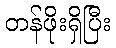
တန်ဖိုးရှိပြီး